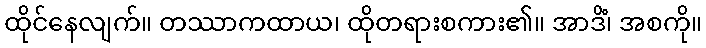
ထိုင်နေလျက်။ တဿာကထာယ၊ ထိုတရားစကား၏။ အာဒိံ၊ အစကို။